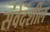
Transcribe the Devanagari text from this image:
संवेदंशील